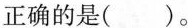
正确的是（）。